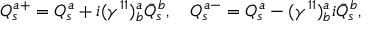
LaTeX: Q _ { s } ^ { a + } = Q _ { s } ^ { a } + i ( \gamma ^ { 1 1 } ) _ { b } ^ { a } \bar { Q } _ { s } ^ { b } , \quad Q _ { s } ^ { a - } = Q _ { s } ^ { a } - ( \gamma ^ { 1 1 } ) _ { b } ^ { a } i \bar { Q } _ { s } ^ { b } ,